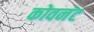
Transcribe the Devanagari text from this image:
कोवनंट